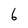
Character: 6